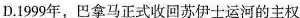
D.1999年，巴拿马正式收回苏伊士运河的主权